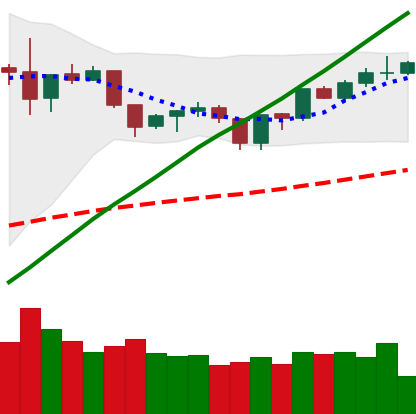
Ticker: ETH-USD
Chart end date: 2019-06-17
Forward return: 12.768%
Label: up_7plus